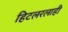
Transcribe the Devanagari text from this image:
हिटलरलाही